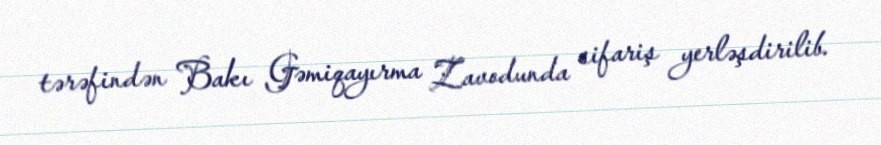
tərəfindən Bakı Gəmiqayırma Zavodunda sifariş yerləşdirilib.